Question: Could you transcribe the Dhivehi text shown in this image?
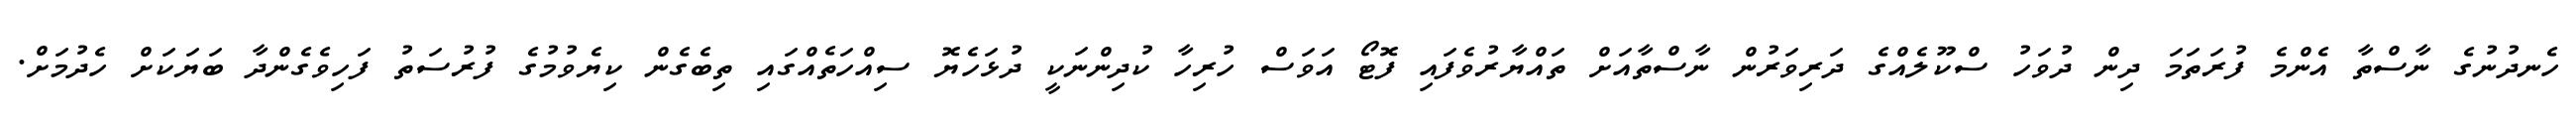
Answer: ހެނދުނުގެ ނާސްތާ އެންމެ ފުރަތަމަ ދިން ދުވަހު ސްކޫލެއްގެ ދަރިވަރުން ނާސްތާއަށް ތައްޔާރުވެފައި ފޮޓޯ އަވަސް ހުރިހާ ކުދިންނަކީ ދުޅަހެޔޮ ސިއްހަތެއްގައި ތިބެގެން ކިޔެވުމުގެ ފުރުސަތު ފަހިވެގެންދާ ބަޔަކަށް ހެދުމަށް.